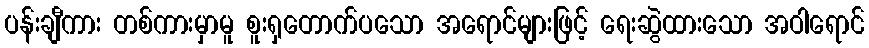
ပန်းချီကား တစ်ကားမှာမူ စူးရှတောက်ပသော အရောင်များဖြင့် ရေးဆွဲထားသော အဝါရောင်